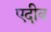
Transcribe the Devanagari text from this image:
एदीब